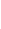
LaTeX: i\! \! \! \! \! \! \! \! \! \! \! \! \in\! \! \! \! \! \! \! \! \! \! \! \! \{ \! \! \! \! \! \! \! \! \! \! \! \! 1\! \! \! \! \! \! \! \! \! \! \! \! ,\! \! \! \! \! \! \! \! \! \! \! \! 2\! \! \! \! \! \! \! \! \! \! \! \! ,\! \! \! \! \! \! \! \! \! \! \! \! 3\! \! \! \! \! \! \! \! \! \! \! \! ,\! \! \! \! \! \! \! \! \! \! \! \! 4\! \! \! \! \! \! \! \! \! \! \! \! ,\! \! \! \! \! \! \! \! \! \! \! \! 5\! \! \! \! \! \! \! \! \! \! \! \! \} \! \! \! \! \! \! \! \! \! \! \! \! .\! \! \! \! \! \! \! \! \! \! \!